Indian Civil Veterinary Department memoirs
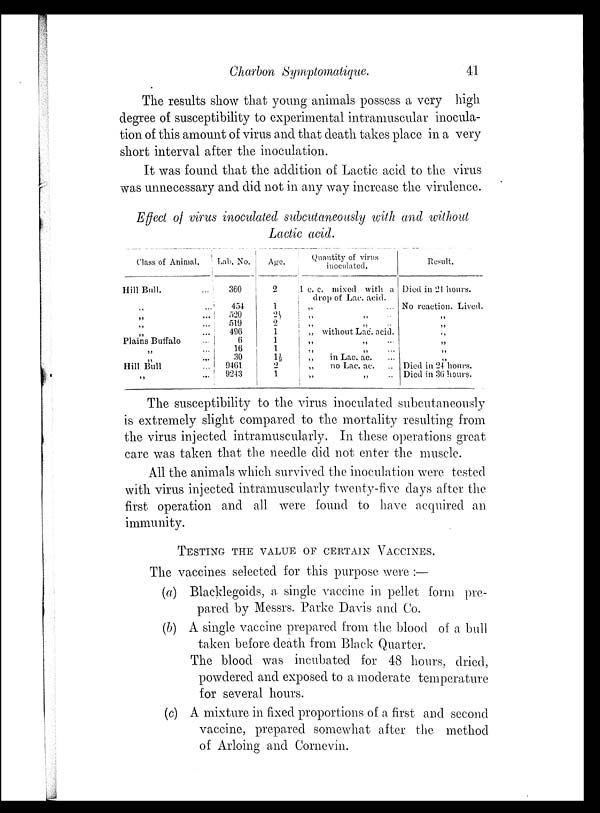
Charbon Symptomatique.
41
The results show that young animals possess a very high
degree of susceptibility to experimental intramuscular inocula-
tion of this amount of virus and that death takes place in a very
short interval after the inoculation.
It was found that the addition of Lactic acid to the virus
was unnecessary and did not in any way increase the virulence.
Effect of virus inoculated subcutaneously with and without
Lactic acid.
Class of Animal.
Hill Bull. ...
„ ...
„ ...
„ ...
„ ...
Plains Buffalo ...
„ ...
„ ...
Hill Bull
„ ...
Lab. No.
360
454
520
519
496
6
16
30
9461
9243
age.
2
1
2½
2
1
1
1
1½
2
1
Quantity of virus
inoculated.
1 c. c. mixed with a
drop of Lac. acid.
„ ...
„ „ ...
„ „ ..
„ without Lac. acid.
„ „ ...
„ „ ...
„
in Lac. ac. ...
„
no Lac. ac. ...
„ „ ...
Result.
Died in 21 hours.
No reaction. Lived.
„
„
„
„
„
„
Died in 24 hours.
Died in 36 hours.
The susceptibility to the virus inoculated subcutaneously
is extremely slight compared to the mortality resulting from
the virus injected intramuscularly. In these operations great
care was taken that the needle did not enter the muscle.
All the animals which survived the inoculation were tested
with virus injected intramuscularly twenty-five days after the
first operation and all were found to have acquired an
immunity.
TESTING THE VALUE OF CERTAIN VACCINES.
The vaccines selected for this purpose were:—
(a) Blacklegoids, a single vaccine in pellet form pre-
pared by Messrs. Parke Davis and Co.
(b) A single vaccine prepared from the blood of a bull
taken before death from Black Quarter.
The blood was incubated for 48 hours, dried,
powdered and exposed to a moderate temperature
for several hours.
(c) A mixture in fixed proportions of a first and second
vaccine, prepared somewhat after the method
of Arloing and Cornevin.